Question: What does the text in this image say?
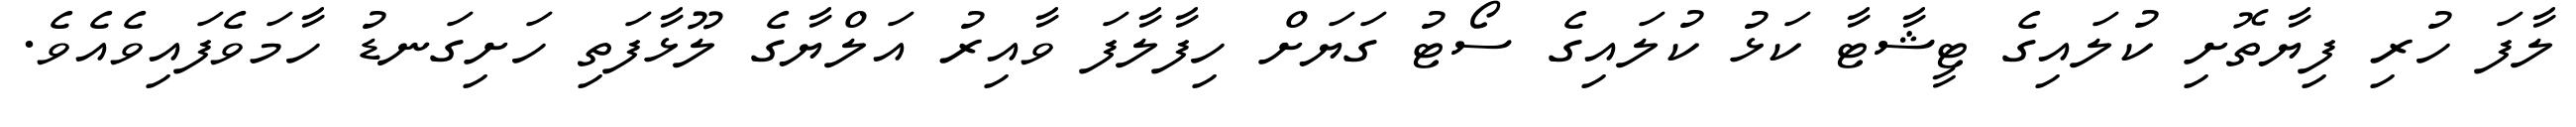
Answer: ލާފަ ހުރި ފިޔާތޮށި ކުލައިގެ ޓީޝާޓާ ކަޅު ކުލައިގެ ސޯޓު ގަޔަށް ހިފާލާފަ ވާއިރު އަލްޔާގެ ލޫޅާފަތި ހަށިގަނޑު ހާމަވެފައިވެއެވެ.